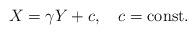
LaTeX: \begin{align*}X=\gamma Y+ c,\quad c=\hbox{const}.\end{align*}